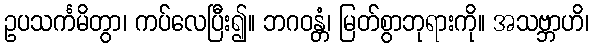
ဥပသင်္ကမိတွာ၊ ကပ်လေပြီး၍။ ဘဂဝန္တံ၊ မြတ်စွာဘုရားကို။ အသဗ္ဘာဟိ၊